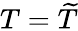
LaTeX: T=\widetilde T